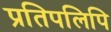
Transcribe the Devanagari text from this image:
प्रतिपलिपि